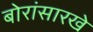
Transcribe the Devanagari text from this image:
बोरांसारखे